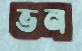
ভন